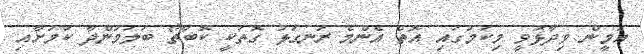
އަމީން ވިދާޅުވީ މިކަމުގައި އޮތް އެންމެ ރަނގަޅު ގޮތަކީ ކޮބާތޯ ބަލަމުންދާ ކަމަށާއި